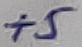
Text: +5